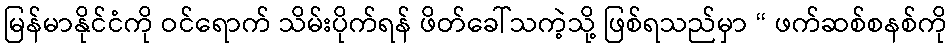
မြန်မာနိုင်ငံကို ဝင်ရောက် သိမ်းပိုက်ရန် ဖိတ်ခေါ်သကဲ့သို့ ဖြစ်ရသည်မှာ “ ဖက်ဆစ်စနစ်ကို